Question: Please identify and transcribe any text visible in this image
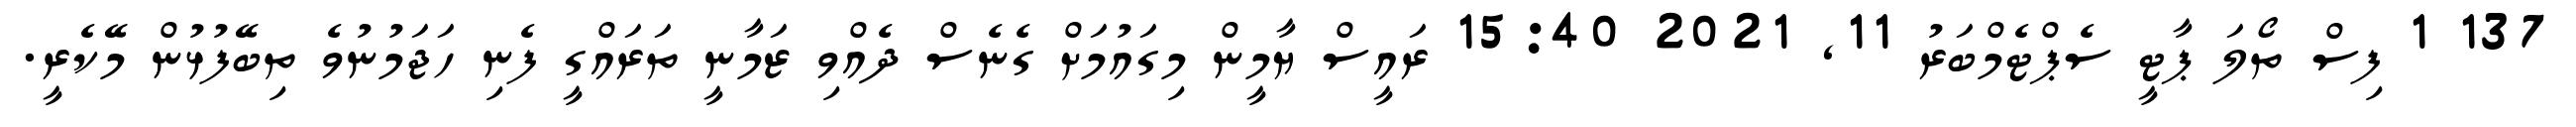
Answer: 137 1 ފިސް ތޯލަ ޕާޓީ ސެޕްޓެމްބަރު 11, 2021 15:40 ރައީސް ޔާމީން މިގައުމަށް ގެނެސް ދެއްވި ޒަމާނީ ތަރައްގީ ފެނި ހަޖަމުނުވެ ތިބޭފުޅުން މޭކެރީ.